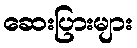
ဆေးပြားများ